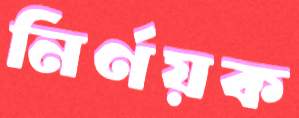
নির্ণয়ক